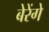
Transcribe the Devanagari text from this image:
बेरेंगे